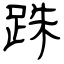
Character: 跦